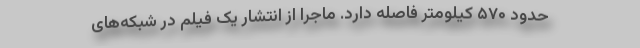
حدود ۵۷۰ کیلومتر فاصله دارد. ماجرا از انتشار یک فیلم در شبکه‌های